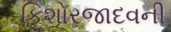
કિશોરજાદવની